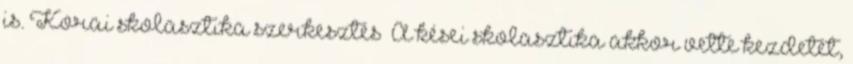
is. Korai skolasztika szerkesztés A kései skolasztika akkor vette kezdetét,